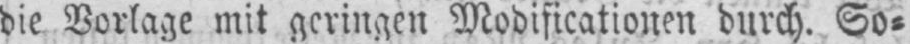
die Vorlage mit geringen Modificationen durch. So⸗